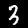
Label: 3